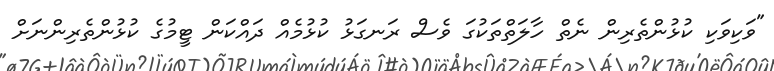
"ވަކިވަކި ކުޅުންތެރިން ނެތް ހާލަތްތަކުގަ ވެސް ރަނގަޅު ކުޅުމެއް ދައްކަން ޓީމުގެ ކުޅުންތެރިންނަށް